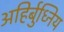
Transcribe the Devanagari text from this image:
अहिर्बुध्निय